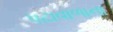
પટાવાળાના